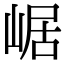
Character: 崌